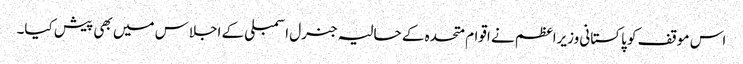
اس موقف کو پاکستانی وزیراعظم نے اقوام متحدہ کے حالیہ جنرل اسمبلی کے اجلاس میں بھی پیش کیا۔